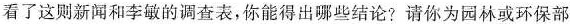
看了这则新闻和李敏的调查表，你能得出哪些结论?请你为园林或环保部